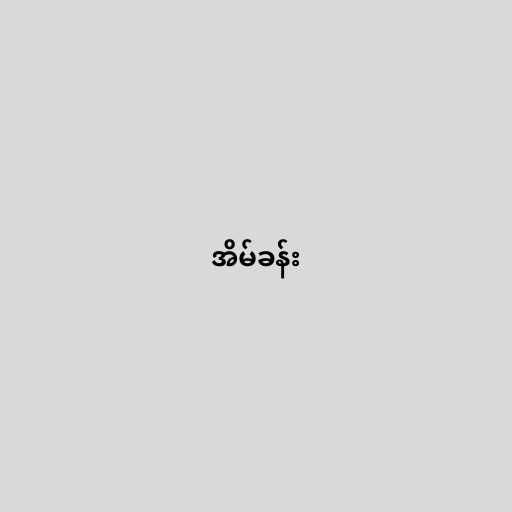
အိမ်ခန်း